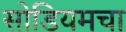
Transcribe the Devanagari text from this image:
सोडियमचा